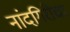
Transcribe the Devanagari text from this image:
नांदगिरीचा